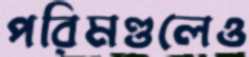
পরিমণ্ডলেও